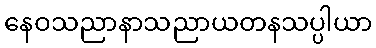
နေဝသညာနာသညာယတနသပ္ပါယာ